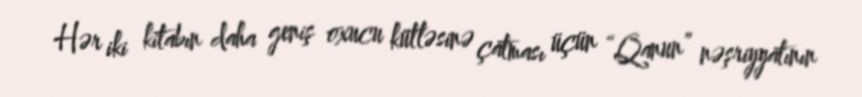
Hər iki kitabın daha geniş oxucu kütləsinə çatması üçün “Qanun” nəşriyyatının